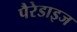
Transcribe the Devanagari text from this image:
पैरेडाइज